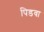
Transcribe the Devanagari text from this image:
पिडवा